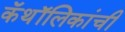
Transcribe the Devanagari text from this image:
कॅथॉलिकांची